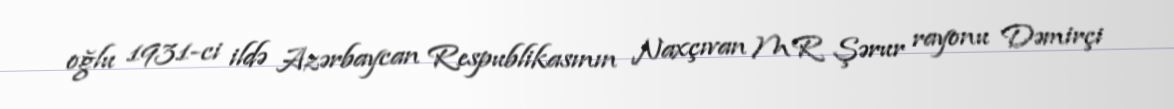
oğlu 1931-ci ildə Azərbaycan Respublikasının Naxçıvan MR Şərur rayonu Dəmirçi